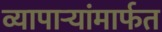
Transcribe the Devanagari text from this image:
व्यापाऱ्यांमार्फत